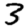
Digit: 3